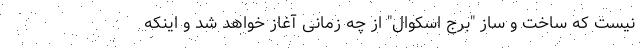
نیست که ساخت و ساز "برج اسکوال" از چه زمانی آغاز خواهد شد و اینکه